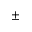
\pm